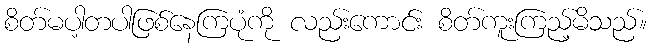
စိတ်မပါ့တပါဖြစ်နေကြပုံကို လည်းကောင်း စိတ်ကူးကြည့်မိသည်။